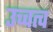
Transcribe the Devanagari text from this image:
उच्चत्व